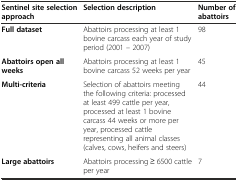
| Sentinel site selection approach | Selection description | Number of abattoirs |
 | --- | --- | --- |
 | Full dataset | Abattoirs processing at least 1 bovine carcass each year of study period (2001 – 2007) | 98 |
 | Abattoirs open all weeks | Abattoirs processing at least 1 bovine carcass 52 weeks per year | 45 |
 | Multi-criteria | Selection of abattoirs meeting the following criteria: processed at least 499 cattle per year, processed at least 1 bovine carcass 44 weeks or more per year, processed cattle representing all animal classes (calves, cows, heifers and steers) | 44 |
 | Large abattoirs | Abattoirs processing ≥ 6500 cattle per year | 7 |